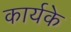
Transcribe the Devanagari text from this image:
कार्यके